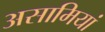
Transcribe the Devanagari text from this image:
असामियां